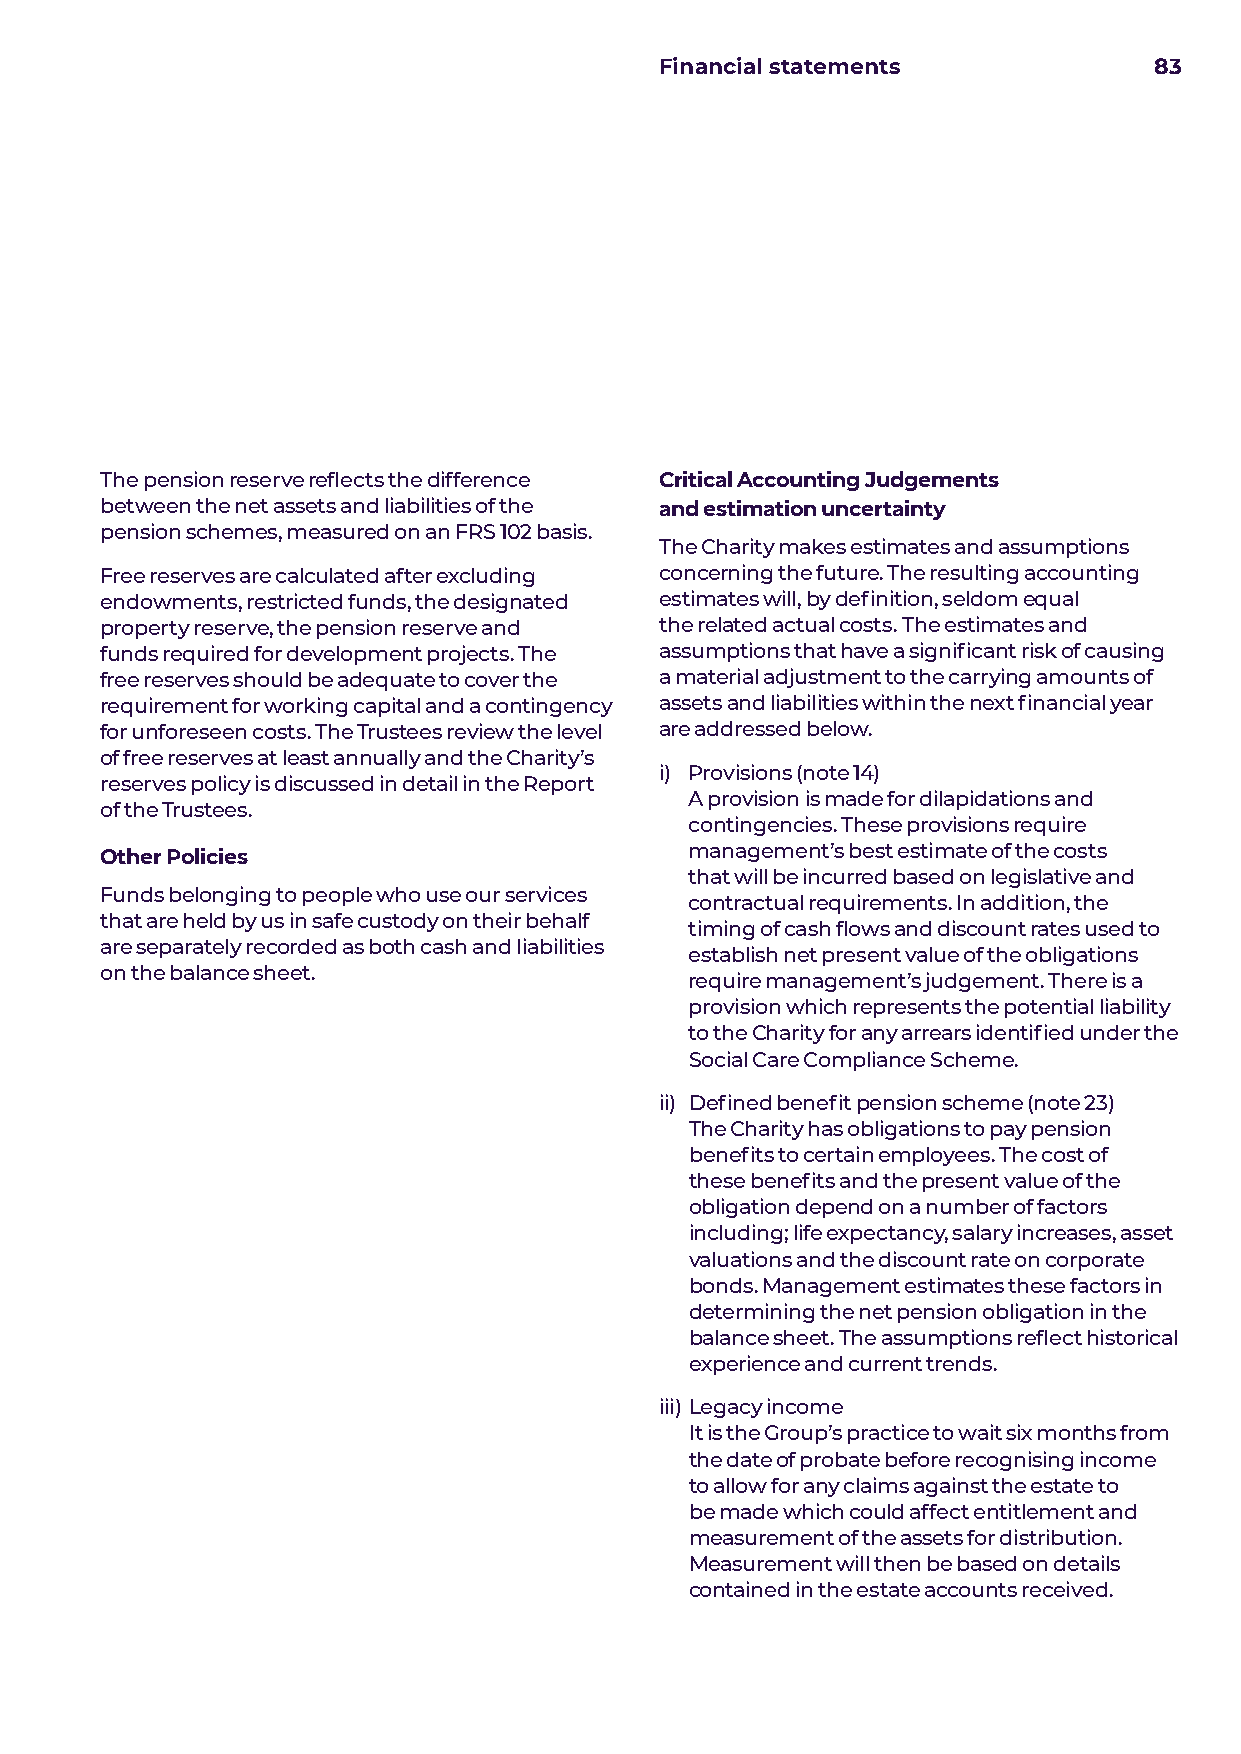
Financial statements            83
 The pension reserve reflects the difference Critical Accounting Judgements
 between the net assets and liabilities of the and estimation uncertainty
 pension schemes, measured on an FRS 102 basis.
 The Charity makes estimates and assumptions
 Free reserves are calculated after excluding concerning the future. The resulting accounting
 endowments, restricted funds, the designated estimates will, by definition, seldom equal
 property reserve, the pension reserve and the related actual costs. The estimates and
 funds required for development projects. The assumptions that have a significant risk of causing
 free reserves should be adequate to cover the a material adjustment to the carrying amounts of
 requirement for working capital and a contingency assets and liabilities within the next financial year
 for unforeseen costs. The Trustees review the level are addressed below.
 of free reserves at least annually and the Charity’s
 i) P rovisions (note 14)
 reserves policy is discussed in detail in the Report
 A provision is made for dilapidations and
 of the Trustees.
 contingencies. These provisions require
 Other Policies                         management’s best estimate of the costs
 that will be incurred based on legislative and
 Funds belonging to people who use our services
 contractual requirements. In addition, the
 that are held by us in safe custody on their behalf
 timing of cash flows and discount rates used to
 are separately recorded as both cash and liabilities
 establish net present value of the obligations
 on the balance sheet.
 require management’s judgement. There is a
 provision which represents the potential liability
 to the Charity for any arrears identified under the
 Social Care Compliance Scheme.
 ii) Defined benefit pension scheme (note 23)
 The Charity has obligations to pay pension
 benefits to certain employees. The cost of
 these benefits and the present value of the
 obligation depend on a number of factors
 including; life expectancy, salary increases, asset
 valuations and the discount rate on corporate
 bonds. Management estimates these factors in
 determining the net pension obligation in the
 balance sheet. The assumptions reflect historical
 experience and current trends.
 iii) Legacy income
 It is the Group’s practice to wait six months from
 the date of probate before recognising income
 to allow for any claims against the estate to
 be made which could affect entitlement and
 measurement of the assets for distribution.
 Measurement will then be based on details
 contained in the estate accounts received.